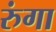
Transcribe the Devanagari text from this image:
रुंगा